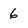
Character: 6